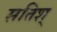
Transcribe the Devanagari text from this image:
सतिश्